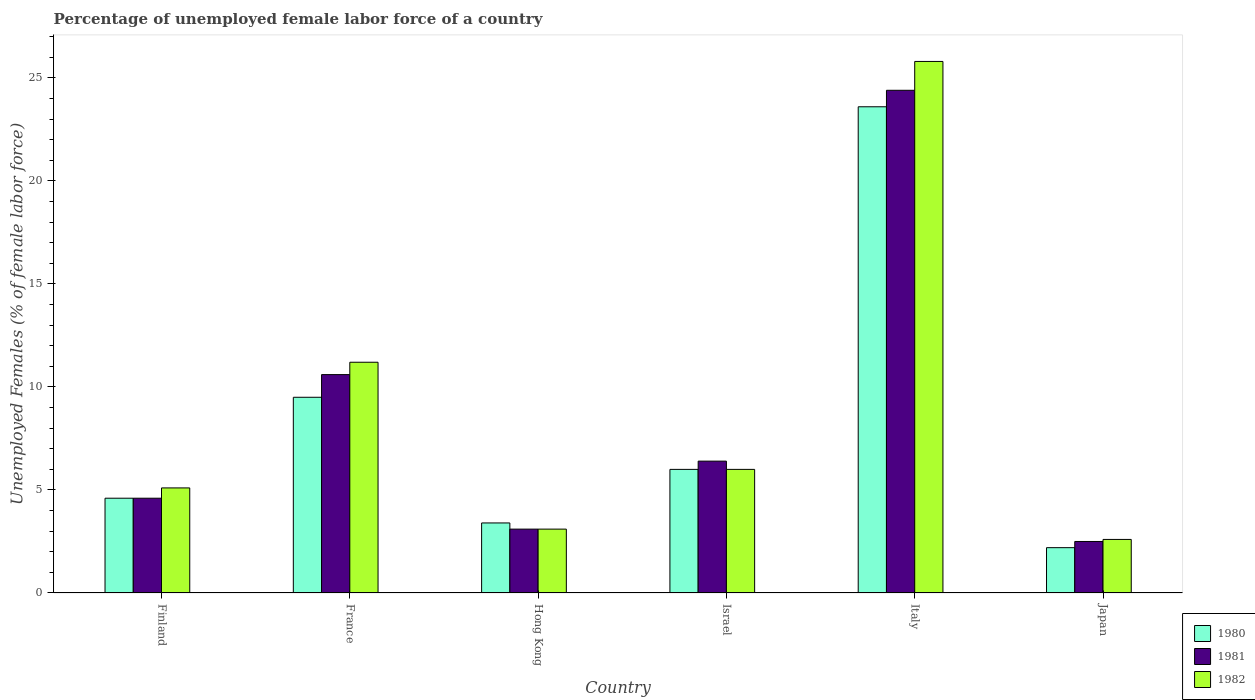
| Country | 1980 | 1981 | 1982 |
 | --- | --- | --- | --- |
 | Finland | 4.6 | 4.6 | 5.1 |
 | France | 9.5 | 10.6 | 11.2 |
 | Hong Kong | 3.4 | 3.1 | 3.1 |
 | Israel | 6 | 6.4 | 6 |
 | Italy | 23.6 | 24.4 | 25.8 |
 | Japan | 2.2 | 2.5 | 2.6 |